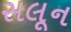
સલૂન